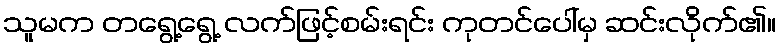
သူမက တရွေ့ရွေ့ လက်ဖြင့်စမ်းရင်း ကုတင်ပေါ်မှ ဆင်းလိုက်၏။